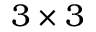
3 \times 3